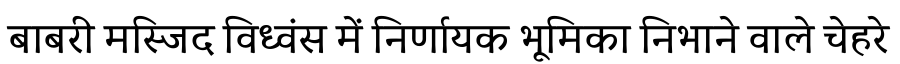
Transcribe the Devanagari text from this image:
बाबरी मस्जिद विध्वंस में निर्णायक भूमिका निभाने वाले चेहरे